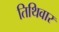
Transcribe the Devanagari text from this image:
तिथिवार